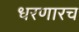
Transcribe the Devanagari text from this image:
धरणारच